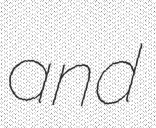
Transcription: and